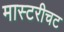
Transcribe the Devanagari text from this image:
मास्टरीचट